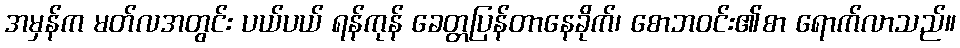
အမှန်က မတ်လအတွင်း ပယ်ပယ် ရန်ကုန် ခေတ္တပြန်တာနေခိုက်၊ စောဘဝင်း၏စာ ရောက်လာသည်။